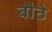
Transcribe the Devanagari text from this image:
बौठे